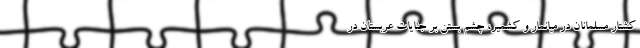
کشتار مسلمانان در میانمار و کشمیر، چشم بستن بر جنایات عربستان در